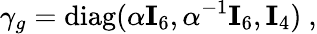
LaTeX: \gamma_{g}={\mathrm{diag}}(\alpha{\mathbf I}_{6},\alpha^{-1}{\mathbf I}_{6},{\mathbf I}_{4})~,